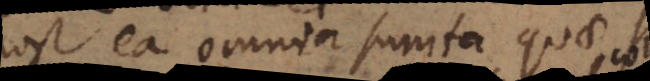
post ea omnia sumta quae